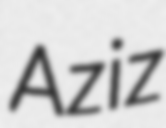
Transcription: Aziz